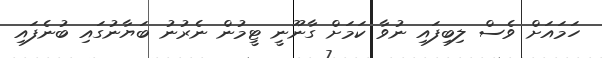
ހަމައަށް ވެސް ލިބިފައި ނުވާ ކަމަށް ގާނޫނީ ޓީމުން ނެރުނު ބަޔާނުގައި ބުނެފައި